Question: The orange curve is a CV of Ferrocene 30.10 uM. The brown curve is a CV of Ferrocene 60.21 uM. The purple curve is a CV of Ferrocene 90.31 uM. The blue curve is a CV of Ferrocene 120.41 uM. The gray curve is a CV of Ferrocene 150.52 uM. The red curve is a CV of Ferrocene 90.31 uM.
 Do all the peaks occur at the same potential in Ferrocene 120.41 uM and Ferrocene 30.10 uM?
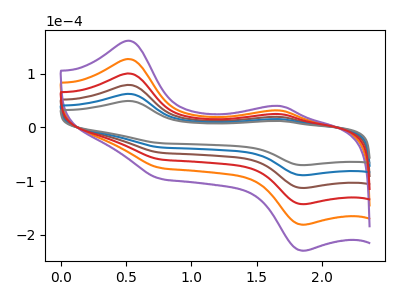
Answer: <think>The orange curve "Ferrocene 30.10 uM" has anodic peaks at (0.50V, 250.40uA) (1.70V, 61.95uA) and cathodic peaks at (0.75V, -148.45uA) (1.85V, -356.05uA). The brown curve "Ferrocene 60.21 uM" has anodic peaks at (0.50V, 125.20uA) (1.70V, 31.00uA) and cathodic peaks at (0.75V, -74.25uA) (1.85V, -178.00uA). The purple curve "Ferrocene 90.31 uM" has anodic peaks at (0.50V, 313.00uA) (1.70V, 77.45uA) and cathodic peaks at (0.75V, -185.60uA) (1.85V, -445.05uA). The blue curve "Ferrocene 120.41 uM" has anodic peaks at (0.50V, 62.60uA) (1.70V, 15.50uA) and cathodic peaks at (0.75V, -37.10uA) (1.85V, -89.00uA). The gray curve "Ferrocene 150.52 uM" has anodic peaks at (0.50V, 49.40uA) (1.70V, 12.20uA) and cathodic peaks at (0.75V, -29.30uA) (1.85V, -70.20uA). The red curve "Ferrocene 90.31 uM" has anodic peaks at (0.50V, 187.80uA) (1.70V, 46.50uA) and cathodic peaks at (0.75V, -111.35uA) (1.85V, -267.05uA).</think>
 <answer>Yes, "Ferrocene 120.41 uM" have a peak in "Ferrocene 30.10 uM" at the same potential.</answer>
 <eval>match</eval>